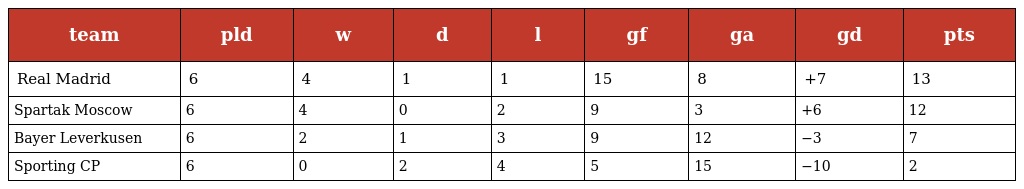
| team | pld | w | d | l | gf | ga | gd | pts |
 | --- | --- | --- | --- | --- | --- | --- | --- | --- |
 | Real Madrid | 6 | 4 | 1 | 1 | 15 | 8 | +7 | 13 |
 | Spartak Moscow | 6 | 4 | 0 | 2 | 9 | 3 | +6 | 12 |
 | Bayer Leverkusen | 6 | 2 | 1 | 3 | 9 | 12 | −3 | 7 |
 | Sporting CP | 6 | 0 | 2 | 4 | 5 | 15 | −10 | 2 |